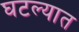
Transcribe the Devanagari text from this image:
घटल्यात